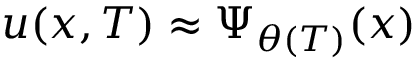
u ( x , T ) \approx \Psi _ { \theta ( T ) } ( x )